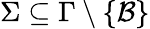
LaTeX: \Sigma\subseteq\Gamma\setminus\{ \mathcal{B}\}